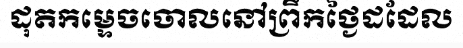
ដុតកម្ទេចចោលនៅព្រឹកថ្ងៃដដែល